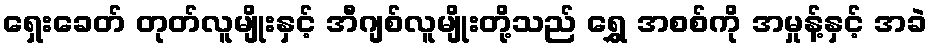
ရှေးခေတ် တုတ်လူမျိုးနှင့် အီဂျစ်လူမျိုးတို့သည် ရွှေ အစစ်ကို အမှုန့်နှင့် အခဲ